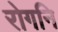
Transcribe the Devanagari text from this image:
रोगनि